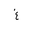
Letter: _gayn